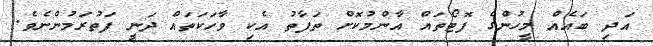
އަދި ބައެއް މީހުންގެ ފޮޓޯތައް އާންމުކޮށް ތަފާތު އެކި ވާހަކަތައް ދަނީ ފަތުރަމުންނެވެ.